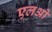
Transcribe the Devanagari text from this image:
एलओ